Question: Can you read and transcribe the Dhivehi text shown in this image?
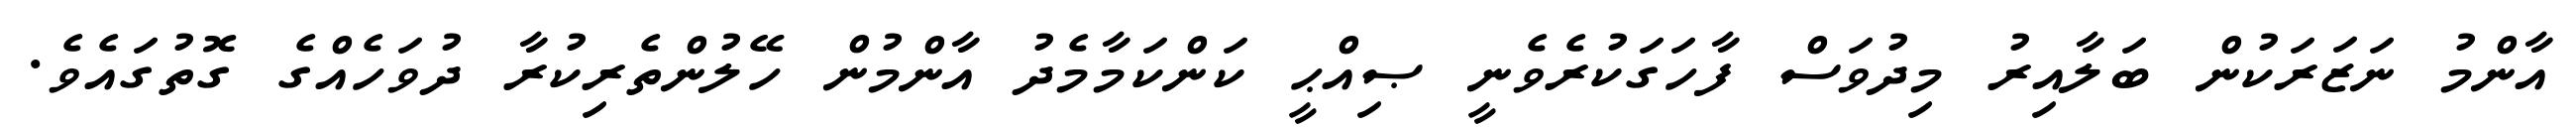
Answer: އާންމު ނަޒަރަކުން ބަލާއިރު މިދުވަސް ފާހަގަކުރެވެނީ ޞިއްޙީ ކަންކަމާމެދު އާންމުން ހޭލުންތެރިކުރާ ދުވަހެއްގެ ގޮތުގައެވެ.